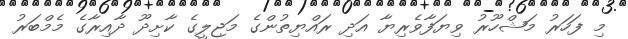
މި ފަހަރު މަޝްހޫރު ވިޔަފާވެރިޔާ އަދި ރައްޔިތުންގެ މަޖިލީގެ ކާށިދޫ ދާއިރާގެ މެމްބަރު